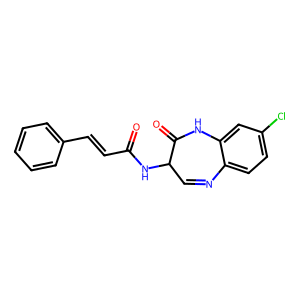
SMILES: O=C(C=Cc1ccccc1)NC1C=Nc2ccc(Cl)cc2NC1=O
Inhibits HIV replication: No